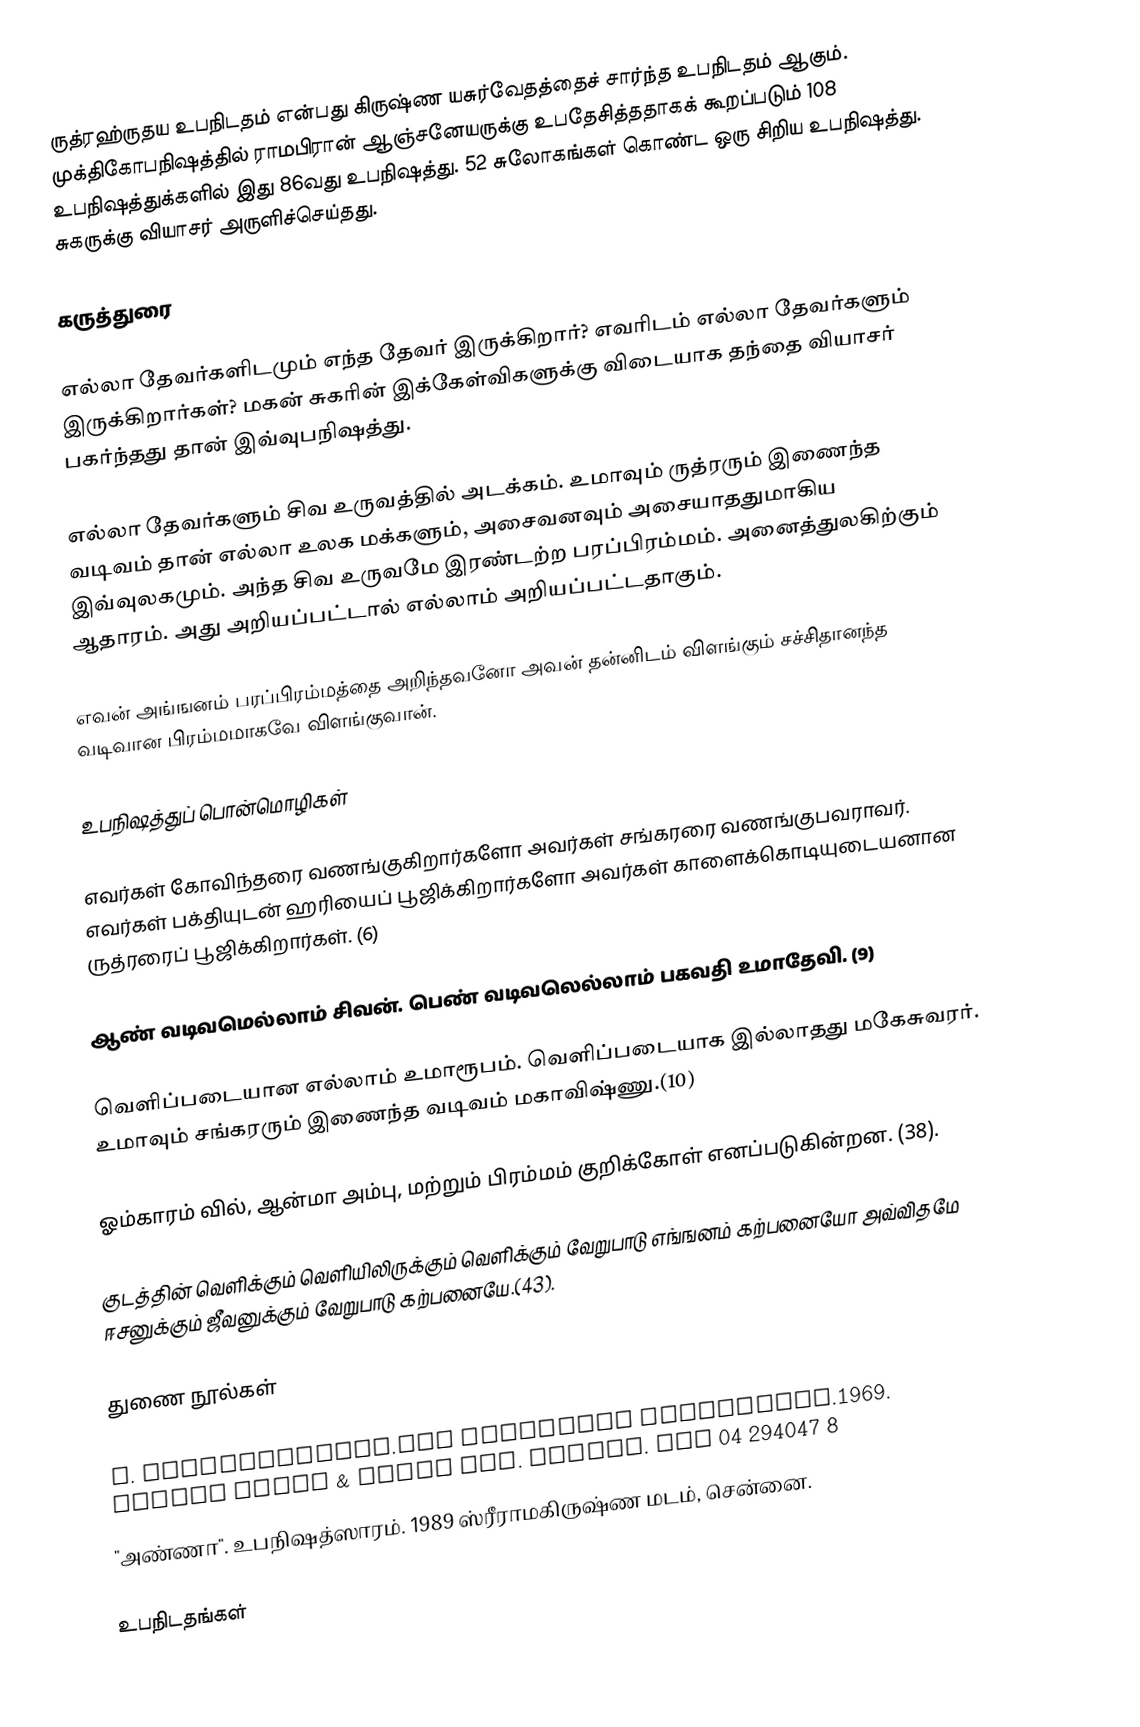
ருத்ரஹ்ருதய உபநிடதம் என்பது கிருஷ்ண யசுர்வேதத்தைச் சார்ந்த உபநிடதம் ஆகும். முக்திகோபநிஷத்தில் ராமபிரான் ஆஞ்சனேயருக்கு உபதேசித்ததாகக் கூறப்படும் 108 உபநிஷத்துக்களில் இது 86வது உபநிஷத்து. 52 சுலோகங்கள் கொண்ட ஒரு சிறிய உபநிஷத்து. சுகருக்கு வியாசர் அருளிச்செய்தது.

கருத்துரை

எல்லா தேவர்களிடமும் எந்த தேவர் இருக்கிறார்? எவரிடம் எல்லா தேவர்களும் இருக்கிறார்கள்? மகன் சுகரின் இக்கேள்விகளுக்கு விடையாக தந்தை வியாசர் பகர்ந்தது தான் இவ்வுபநிஷத்து.

எல்லா தேவர்களும் சிவ உருவத்தில் அடக்கம். உமாவும் ருத்ரரும் இணைந்த வடிவம் தான் எல்லா உலக மக்களும், அசைவனவும் அசையாததுமாகிய இவ்வுலகமும். அந்த சிவ உருவமே இரண்டற்ற பரப்பிரம்மம். அனைத்துலகிற்கும் ஆதாரம். அது அறியப்பட்டால் எல்லாம் அறியப்பட்டதாகும்.

எவன் அங்ஙனம் பரப்பிரம்மத்தை அறிந்தவனோ அவன் தன்னிடம் விளங்கும் சச்சிதானந்த வடிவான பிரம்மமாகவே விளங்குவான்.

உபநிஷத்துப் பொன்மொழிகள்

எவர்கள் கோவிந்தரை வணங்குகிறார்களோ அவர்கள் சங்கரரை வணங்குபவராவர். எவர்கள் பக்தியுடன் ஹரியைப் பூஜிக்கிறார்களோ அவர்கள் காளைக்கொடியுடையனான ருத்ரரைப் பூஜிக்கிறார்கள். (6)

ஆண் வடிவமெல்லாம்  சிவன். பெண் வடிவலெல்லாம் பகவதி உமாதேவி. (9)

வெளிப்படையான எல்லாம் உமாரூபம். வெளிப்படையாக இல்லாதது மகேசுவரர். உமாவும் சங்கரரும் இணைந்த வடிவம் மகாவிஷ்ணு.(10)

ஓம்காரம் வில், ஆன்மா அம்பு, மற்றும்  பிரம்மம் குறிக்கோள் எனப்படுகின்றன. (38).

குடத்தின் வெளிக்கும் வெளியிலிருக்கும் வெளிக்கும் வேறுபாடு எங்ஙனம் கற்பனையோ அவ்விதமே ஈசனுக்கும் ஜீவனுக்கும் வேறுபாடு கற்பனையே.(43).

துணை நூல்கள்

S. Radhakrishnan.The Principal Upanishads.1969. George Allen & Unwin Ltd. London. SBN 04 294047 8
"அண்ணா". உபநிஷத்ஸாரம். 1989 ஸ்ரீராமகிருஷ்ண மடம், சென்னை.

 உபநிடதங்கள்